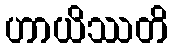
ဟာယိဿတိ